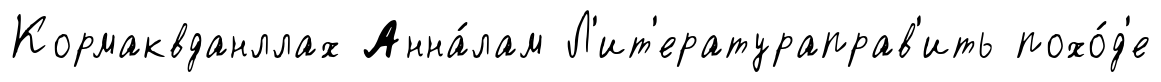
Кормаквданллах Анна́лам Л'ит'ератураправ'ить похо́д'е